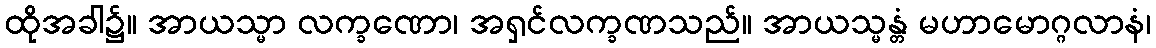
ထိုအခါ၌။ အာယသ္မာ လက္ခဏော၊ အရှင်လက္ခဏသည်။ အာယသ္မန္တံ မဟာမောဂ္ဂလာနံ၊